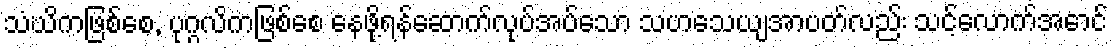
သံဃိကဖြစ်စေ, ပုဂ္ဂလိကဖြစ်စေ နေဖို့ရန်ဆောက်လုပ်အပ်သော သဟသေယျအာပတ်လည်း သင့်လောက်အောင်